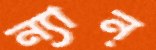
ন্যান্